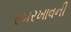
રખરખાવની